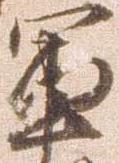
軍